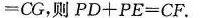
= C G$$，则$$P D + P E = C F$$.